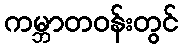
ကမ္ဘာတဝန်းတွင်